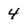
Character: 4